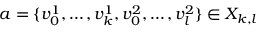
a = \{ v _ { 0 } ^ { 1 } , \ldots , v _ { k } ^ { 1 } , v _ { 0 } ^ { 2 } , \ldots , v _ { l } ^ { 2 } \} \in X _ { k , l }